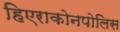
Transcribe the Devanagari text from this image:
हिएराकोनपोलिस